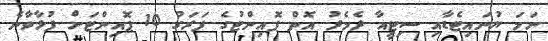
ނަމަ ޔުނައިޓެޑާއި ސިޓީއާ ދެމެދު އޮތް ޕޮއިންޓުގެ ފަރަގު 10 ޕޮއިންޓަށް ފުޅާވާނެ